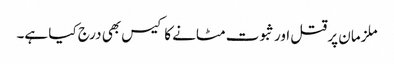
ملزمان پر قتل اور ثبوت مٹانے کا کیس بھی درج کیا ہے۔